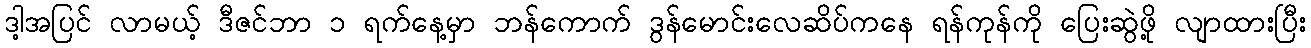
ဒါ့အပြင် လာမယ့် ဒီဇင်ဘာ ၁ ရက်နေ့မှာ ဘန်ကောက် ဒွန်မောင်းလေဆိပ်ကနေ ရန်ကုန်ကို ပြေးဆွဲဖို့ လျာထားပြီး